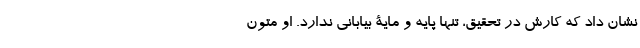
نشان داد که کارش در تحقیق، تنها پایه و مایۀ بیابانی ندارد. او متون